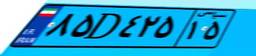
۰۳D۱۲۲۰۴